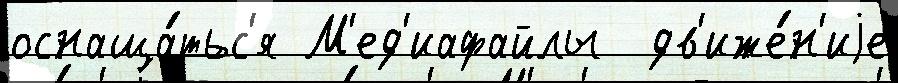
оснаща́тьс'я М'ед'иафайлы  дв'иже́н'иjе